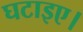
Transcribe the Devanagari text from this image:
घटाइए।